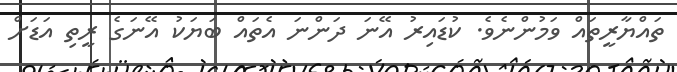
ތައްޔާރީތައް ވަމުންނެވެ. ކުޑައިރު އޭނަ ދަންނަ އެތައް ބަޔަކު އޭނަގެ ރީތި އަޑަށް